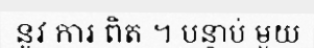
នូវ ការ ពិត ។ បន្ទាប់ មួយ